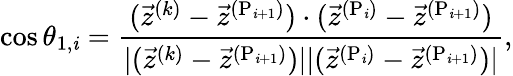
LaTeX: \cos\theta_{1,\mathit{i}}=\frac{{(\vec{{z}}^{(k)}-\vec{{z}}^{(\mathrm{{P}}_{\mathit{i}+1})})\cdot(\vec{{z}}^{(\mathrm{{P}}_{\mathit{i}})}-\vec{{z}}^{(\mathrm{{P}}_{\mathit{i}+1})})}}{{|(\vec{{z}}^{(k)}-\vec{{z}}^{(\mathrm{{P}}_{\mathit{i}+1})})||(\vec{{z}}^{(\mathrm{{P}}_{\mathit{i}})}-\vec{{z}}^{(\mathrm{{P}}_{\mathit{i}+1})})|}},